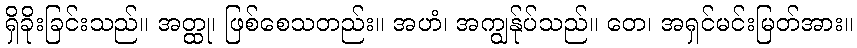
ရှိခိုးခြင်းသည်။ အတ္ထု၊ ဖြစ်စေသတည်း။ အဟံ၊ အကျွန်ုပ်သည်။ တေ၊ အရှင်မင်းမြတ်အား။